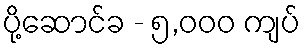
ပို့ဆောင်ခ - ၅,၀၀၀ ကျပ်